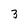
Character: 3